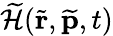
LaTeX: \widetilde{\cal H}(\widetilde{\mathbf{r}},\widetilde{\mathbf{p}},t)